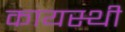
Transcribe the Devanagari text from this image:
कायस्थी